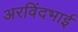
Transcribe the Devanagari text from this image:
अरविंदभाई